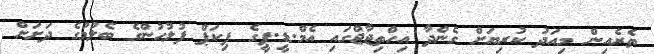
ތެރެއިން މިއަދު ކުރިޔަށް ގެންދާ އިހްތިޖާޖްގައި އެމް.ޑީ.ޕީގެ ޕިކަޕް ފުލުހުންގެ ބެލުމުގެ ދަށަށް